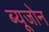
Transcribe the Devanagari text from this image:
ब्यूजोन